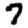
Digit: 7